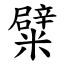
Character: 糪